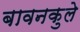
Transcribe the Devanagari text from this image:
बावनकुले